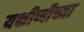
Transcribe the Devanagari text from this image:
यक्षीणीच्या